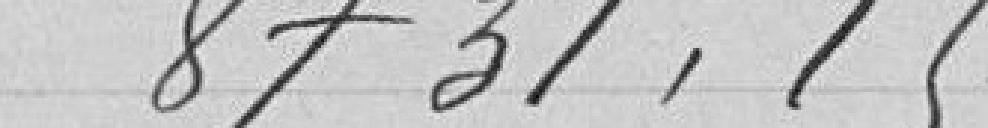
8731,15